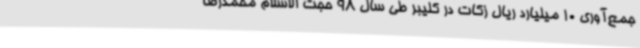
جمع‌آوری 10 میلیارد ریال زکات در کلیبر طی سال 98 حجت الاسلام محمدرضا